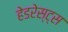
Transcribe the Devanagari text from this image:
हेडरेस्ट्स